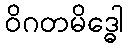
ဝိဂတမိဒ္ဓေါ